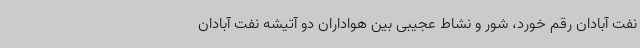
نفت آبادان رقم خورد، شور و نشاط عجیبی بین هواداران دو آتیشه نفت آبادان